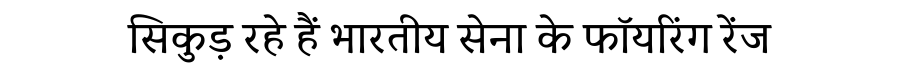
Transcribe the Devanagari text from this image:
सिकुड़ रहे हैं भारतीय सेना के फॉयरिंग रेंज